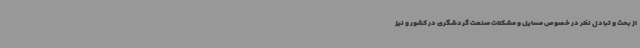
از بحث و تبادل نظر در خصوص مسایل و مشکلات صنعت گردشگری در کشور و نیز